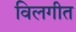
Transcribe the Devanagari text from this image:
विलगीत